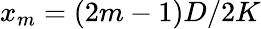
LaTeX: x_{m}={(2m-1)D}/{2K}